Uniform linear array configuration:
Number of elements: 32
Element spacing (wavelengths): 0.25
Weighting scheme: cosine
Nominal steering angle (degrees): -30
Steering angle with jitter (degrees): -29.393
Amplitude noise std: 0.05
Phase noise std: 0.05

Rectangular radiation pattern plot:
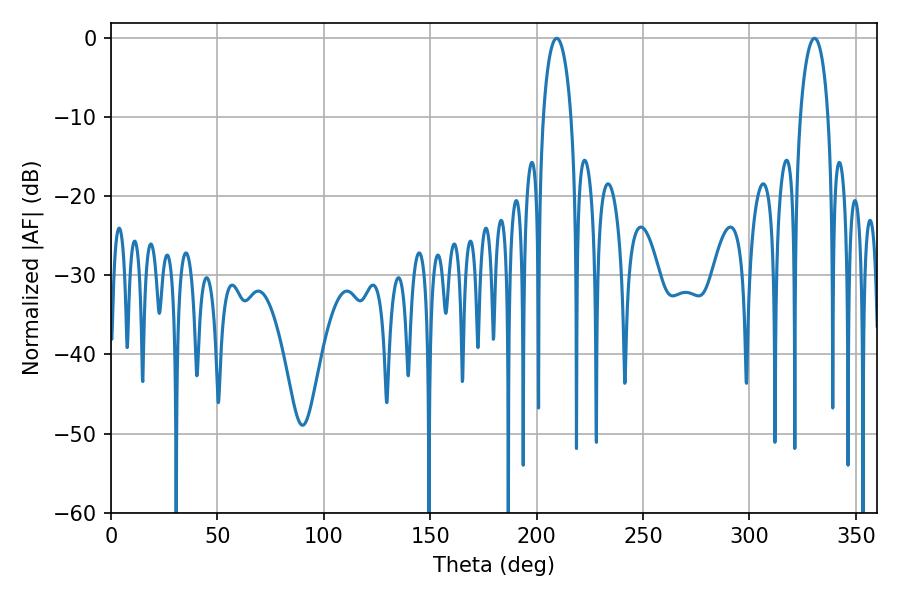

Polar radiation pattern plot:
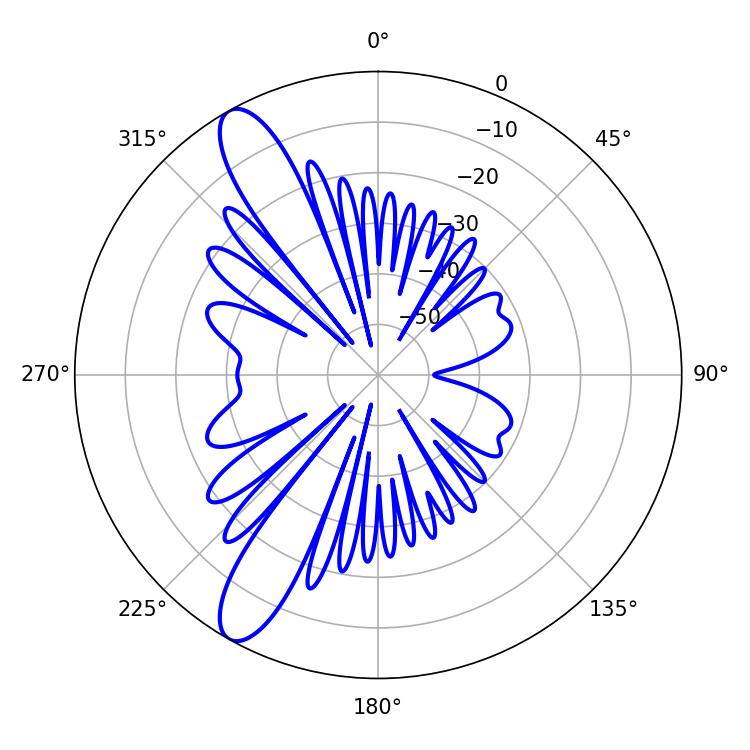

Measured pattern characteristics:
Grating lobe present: FALSE
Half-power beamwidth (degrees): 7.56
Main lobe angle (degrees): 209.34